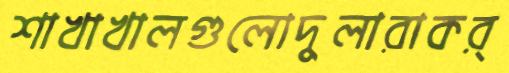
শাখাখালগুলোদুলারাকর্